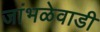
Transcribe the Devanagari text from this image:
जांभळेवाडी